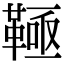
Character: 䩯